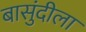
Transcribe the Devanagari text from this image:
बासुंदीला